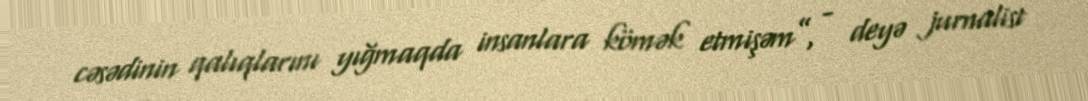
cəsədinin qalıqlarını yığmaqda insanlara kömək etmişəm”, - deyə jurnalist